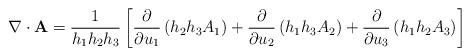
LaTeX: \begin{align*}\nabla\cdot\mathbf{A}=\frac{1}{h_{1}h_{2}h_{3}}\left[\frac{\partial}{\partial u_{1}}\left(h_{2}h_{3}A_{1}\right)+\frac{\partial}{\partial u_{2}}\left(h_{1}h_{3}A_{2}\right)+\frac{\partial}{\partial u_{3}}\left(h_{1}h_{2}A_{3}\right)\right]\end{align*}